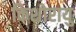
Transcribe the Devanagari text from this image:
किशोरायु